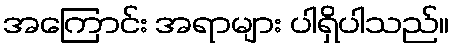
အကြောင်း အရာများ ပါရှိပါသည်။